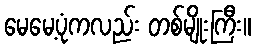
မေမေ့ပုံကလည်း တစ်မျိုးကြီး။